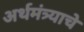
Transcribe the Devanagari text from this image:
अर्थमंत्र्याचे